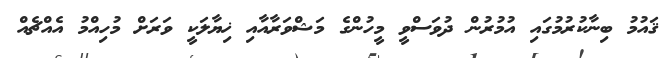
ޤައުމު ބިނާކުރުމުގައި އުމުރުން ދުވަސްވީ މީހުންގެ މަޝްވަރާއާއި ޚިޔާލަކީ ވަރަށް މުހިއްމު އެއްޗެއް